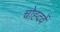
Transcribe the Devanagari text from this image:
चोह्दवें